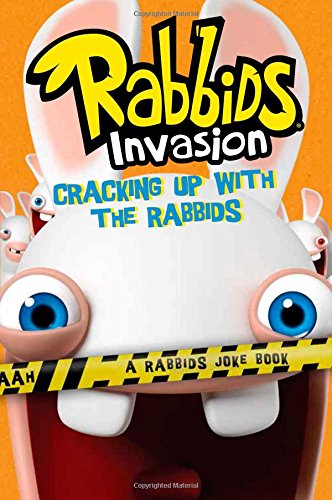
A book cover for Cracking Up with the Rabbids: A Rabbids Joke Book (Rabbids Invasion); David Lewman; Children's Books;